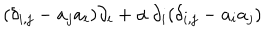
( \delta _ { i , j } - a _ { j } a _ { i } ) \partial _ { i } + { \alpha } \, \partial _ { i } ( \delta _ { i , j } - a _ { i } a _ { j } )